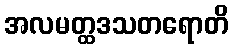
အလမတ္ထဒသတရောတိ